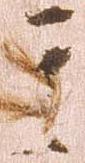
其